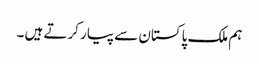
ہم ملک پاکستان سے پیار کرتے ہیں ۔